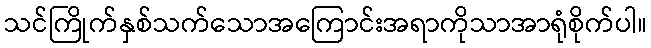
သင်ကြိုက်နှစ်သက်သောအကြောင်းအရာကိုသာအာရုံစိုက်ပါ။